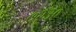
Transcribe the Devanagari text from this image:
७२३०